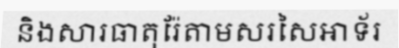
និងសារធាតុរ៉ែតាមសរសៃអាទ័រ